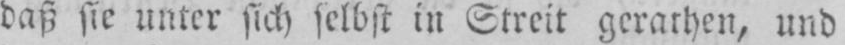
daß sie unter sich selbst in Streit gerathen, und